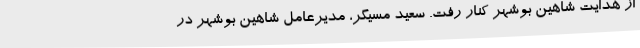
از هدایت شاهین بوشهر کنار رفت. سعید مسیگر، مدیرعامل شاهین بوشهر در